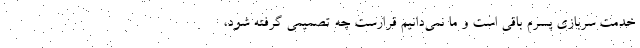
خدمت سربازی پسرم باقی است و ما نمی‌دانیم قرارست چه تصمیمی گرفته شود،